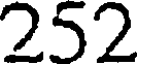
252